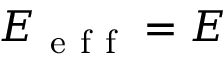
E _ { \mathrm { ~ e ~ f ~ f ~ } } = E